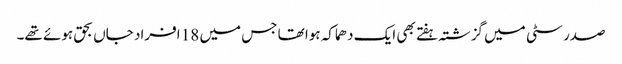
صدر سٹی میں گزشتہ ہفتے بھی ایک دھماکہ ہوا تھا جس میں 18 افراد جاں بحق ہوئے تھے۔